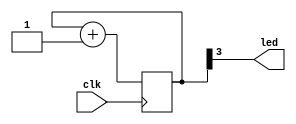
module blinky_led (input clk, output led);

    /* 4-bit counter */
    reg [3:0] counter = 0;
    /* led will change state 16 ticks */
    assign led = counter[3];

    /* increment counter on rising edge */
    always @ (posedge clk) begin
        counter <= counter + 1;
    end

endmodule